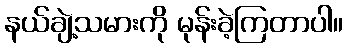
နယ်ချဲ့သမားကို မုန်းခဲ့ကြတာပါ။